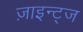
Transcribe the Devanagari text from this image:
ज़ाइन्ट्ज